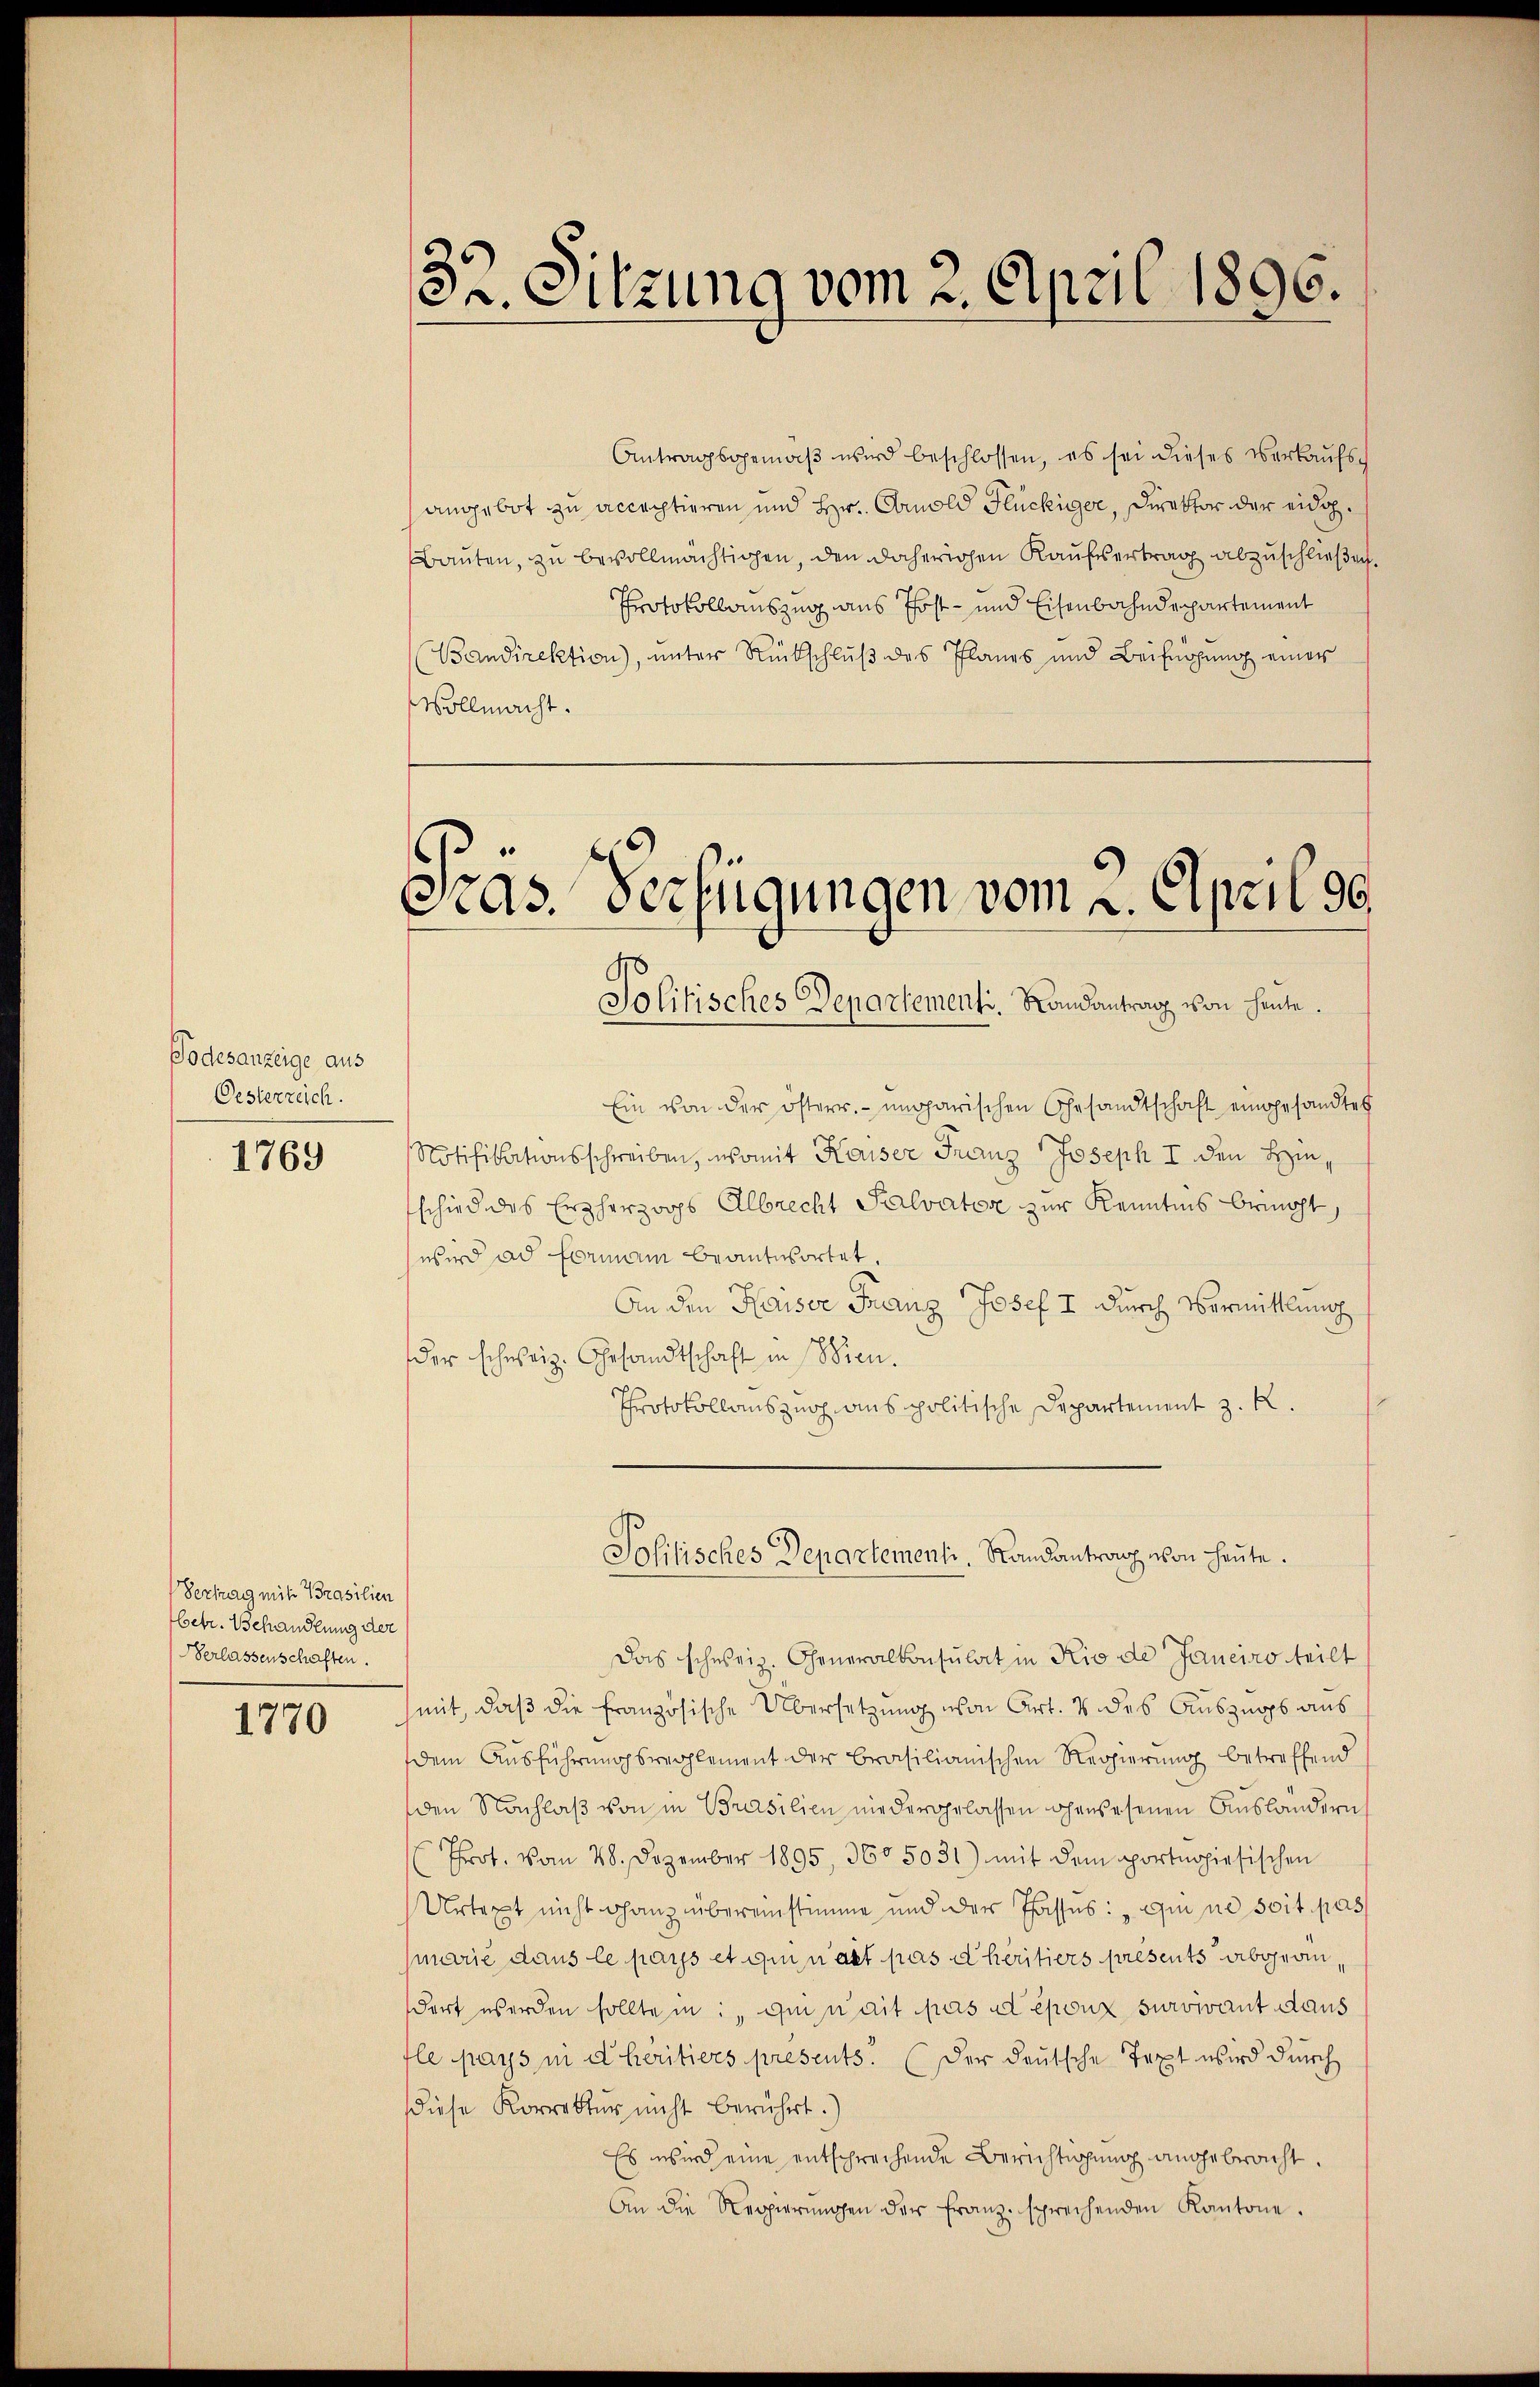
Todesanzeige aus
Oesterzeich.

1769

Vertrag mit Brasilien
betr. Behandlung der
erlassenschaften.

1770

Antragsgemäβ wird beschlossen, es sei dieses verkaufsangebot zu acceptieren und Hr. Amold Hlückiger, Direktor der eidg.
Bauten, zu bevollmächtigen, den daherichen Kaufsertrag abzuschließen.
Protokollauszug aus Post- und Eisenbahndepartement
Bandirektion), unter Rückschluß des Planes und Beifügung einer
Vollmacht.

32. Sitzung vom 2. April 1896.

cias Verfügungen vom 2. April 90
Politisches Departementi. Landantrag von heute.

Ein von der österr. ungarischen Gesandtschaft eingesandte
Notifikationsschreiben, womit Kaiser Franz Joseph I den Hinschied des Erzherzogs Albrecht Salvator zur Kenntnis bemüht,
wird ad Formann beantwortet.
An den Kaiser Franz Josef I durch Vermittlung
der schweiz. Gesandtschaft in Wien.
Protokollauszug aus politische Departement z. R.
Das schweiz. Generalkonsulat in Rio de Janeiro teilt
mit, daß die französische Übersetzung von Art. 4 des Auszugs aus
dem Ausführungsreglement der Brasilianischen Regierung betreffend
den Nachlaß von in Prasilien niedergelassen ohnwesenen Ausländern
Prot. vom 28. Dezember 1895, 360 5031) mit dem portnghiesischen
Urtext nicht ganz übereinstimme und der Tasses: „qui ne soit pass
jnarie dans le pars et qui n’ait pas eheritiers presents abgeändort werden sollte inde nait pas et époux survivant daus
fle pays in d heritiers presents. (der deutsche Text wird durch
diese Korrektur nicht berührt.)
Es wird eine entsprechende Berichtigung angebracht.
An die Regierŭngen der Franz sprechenden Kantone.

Politisches Departementi, Randantrag von heute.